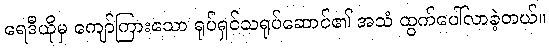
ရေဒီယိုမှ ကျော်ကြားသော ရုပ်ရှင်သရုပ်ဆောင်၏ အသံ ထွက်ပေါ်လာခဲ့တယ်။